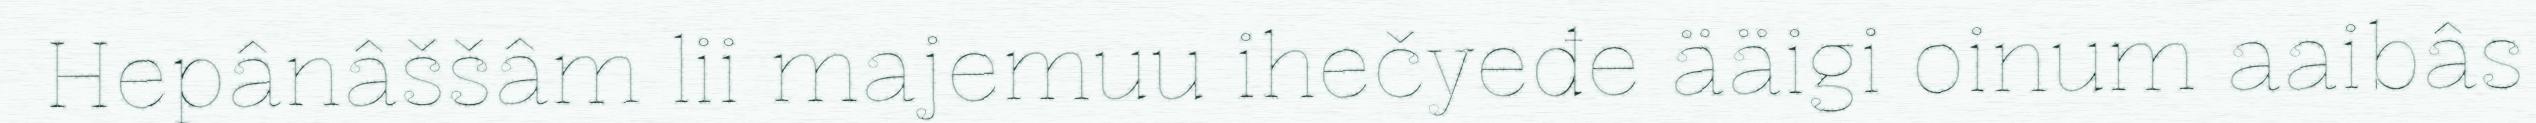
Hepânâššâm lii majemuu ihečyeđe ääigi oinum aaibâs